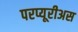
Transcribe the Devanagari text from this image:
परप्यूरीअस